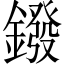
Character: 鏺